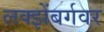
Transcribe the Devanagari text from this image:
लक्झेंबर्गवर